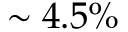
\sim 4 . 5 \%